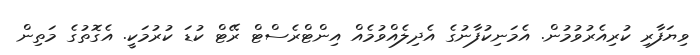
ވިޔަފާރި ކުރިއެރުވުމުން. އެމަނިކުފާނުގެ އެދިލެއްވުމެއް އިންޓްރެސްޓް ރޭޓް ކުޑަ ކުރުމަކީ. އެގޮތުގެ މަތިން